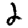
Digit: 2